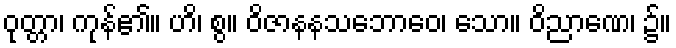
ဝုတ္တာ၊ ကုန်၏။ ဟိ၊ စွ။ ဝိဇာနနသဘောဝေ၊ သော။ ဝိညာဏေ၊ ၌။